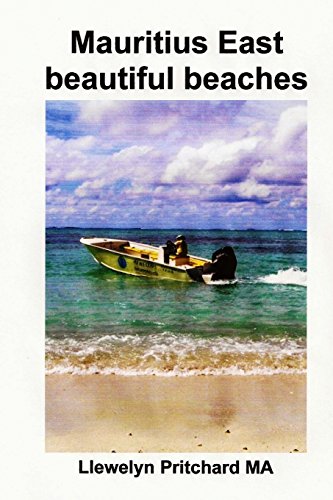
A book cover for Mauritius East beautiful beaches: A Souvenir Koleksi foto werna karo tulisan cathetan (Foto Album) (Volume 10) (Javanese Edition); Llewelyn Pritchard MA; Travel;